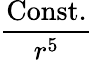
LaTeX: \frac{\mathrm{Const.}}{r^{5}}